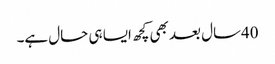
40سال بعد بھی کچھ ایسا ہی حال ہے۔